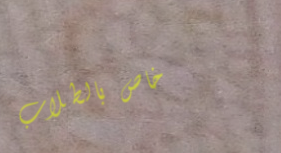
خاص بالطلاب